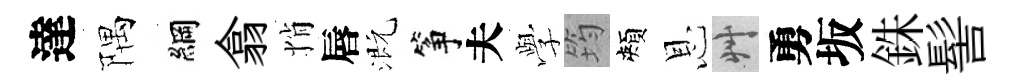
達隅綱翕悄唇溉筝夫𫝯筠頰恩艸勇坂銖髻